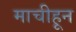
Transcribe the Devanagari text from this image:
माचीहून